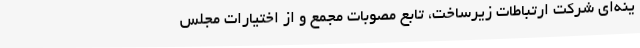
ینه‌ای شرکت ارتباطات زیرساخت، تابع مصوبات مجمع و از اختیارات مجلس